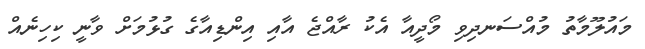
މައުލޫމާތު މުއްސަނދިވި މޯދީއާ އެކު ރާއްޖެ އާއި އިންޑިއާގެ ގުޅުމަށް ވާނީ ކިހިނެއް